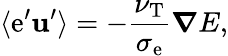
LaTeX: \langle{\mathrm{e}^{\prime}{\textbf{{u}}}^{\prime}}\rangle=-\frac{{\nu_{\textrm{{T}}}}}{{\sigma_{\mathrm{e}}}}{\boldsymbol{\nabla}}E,